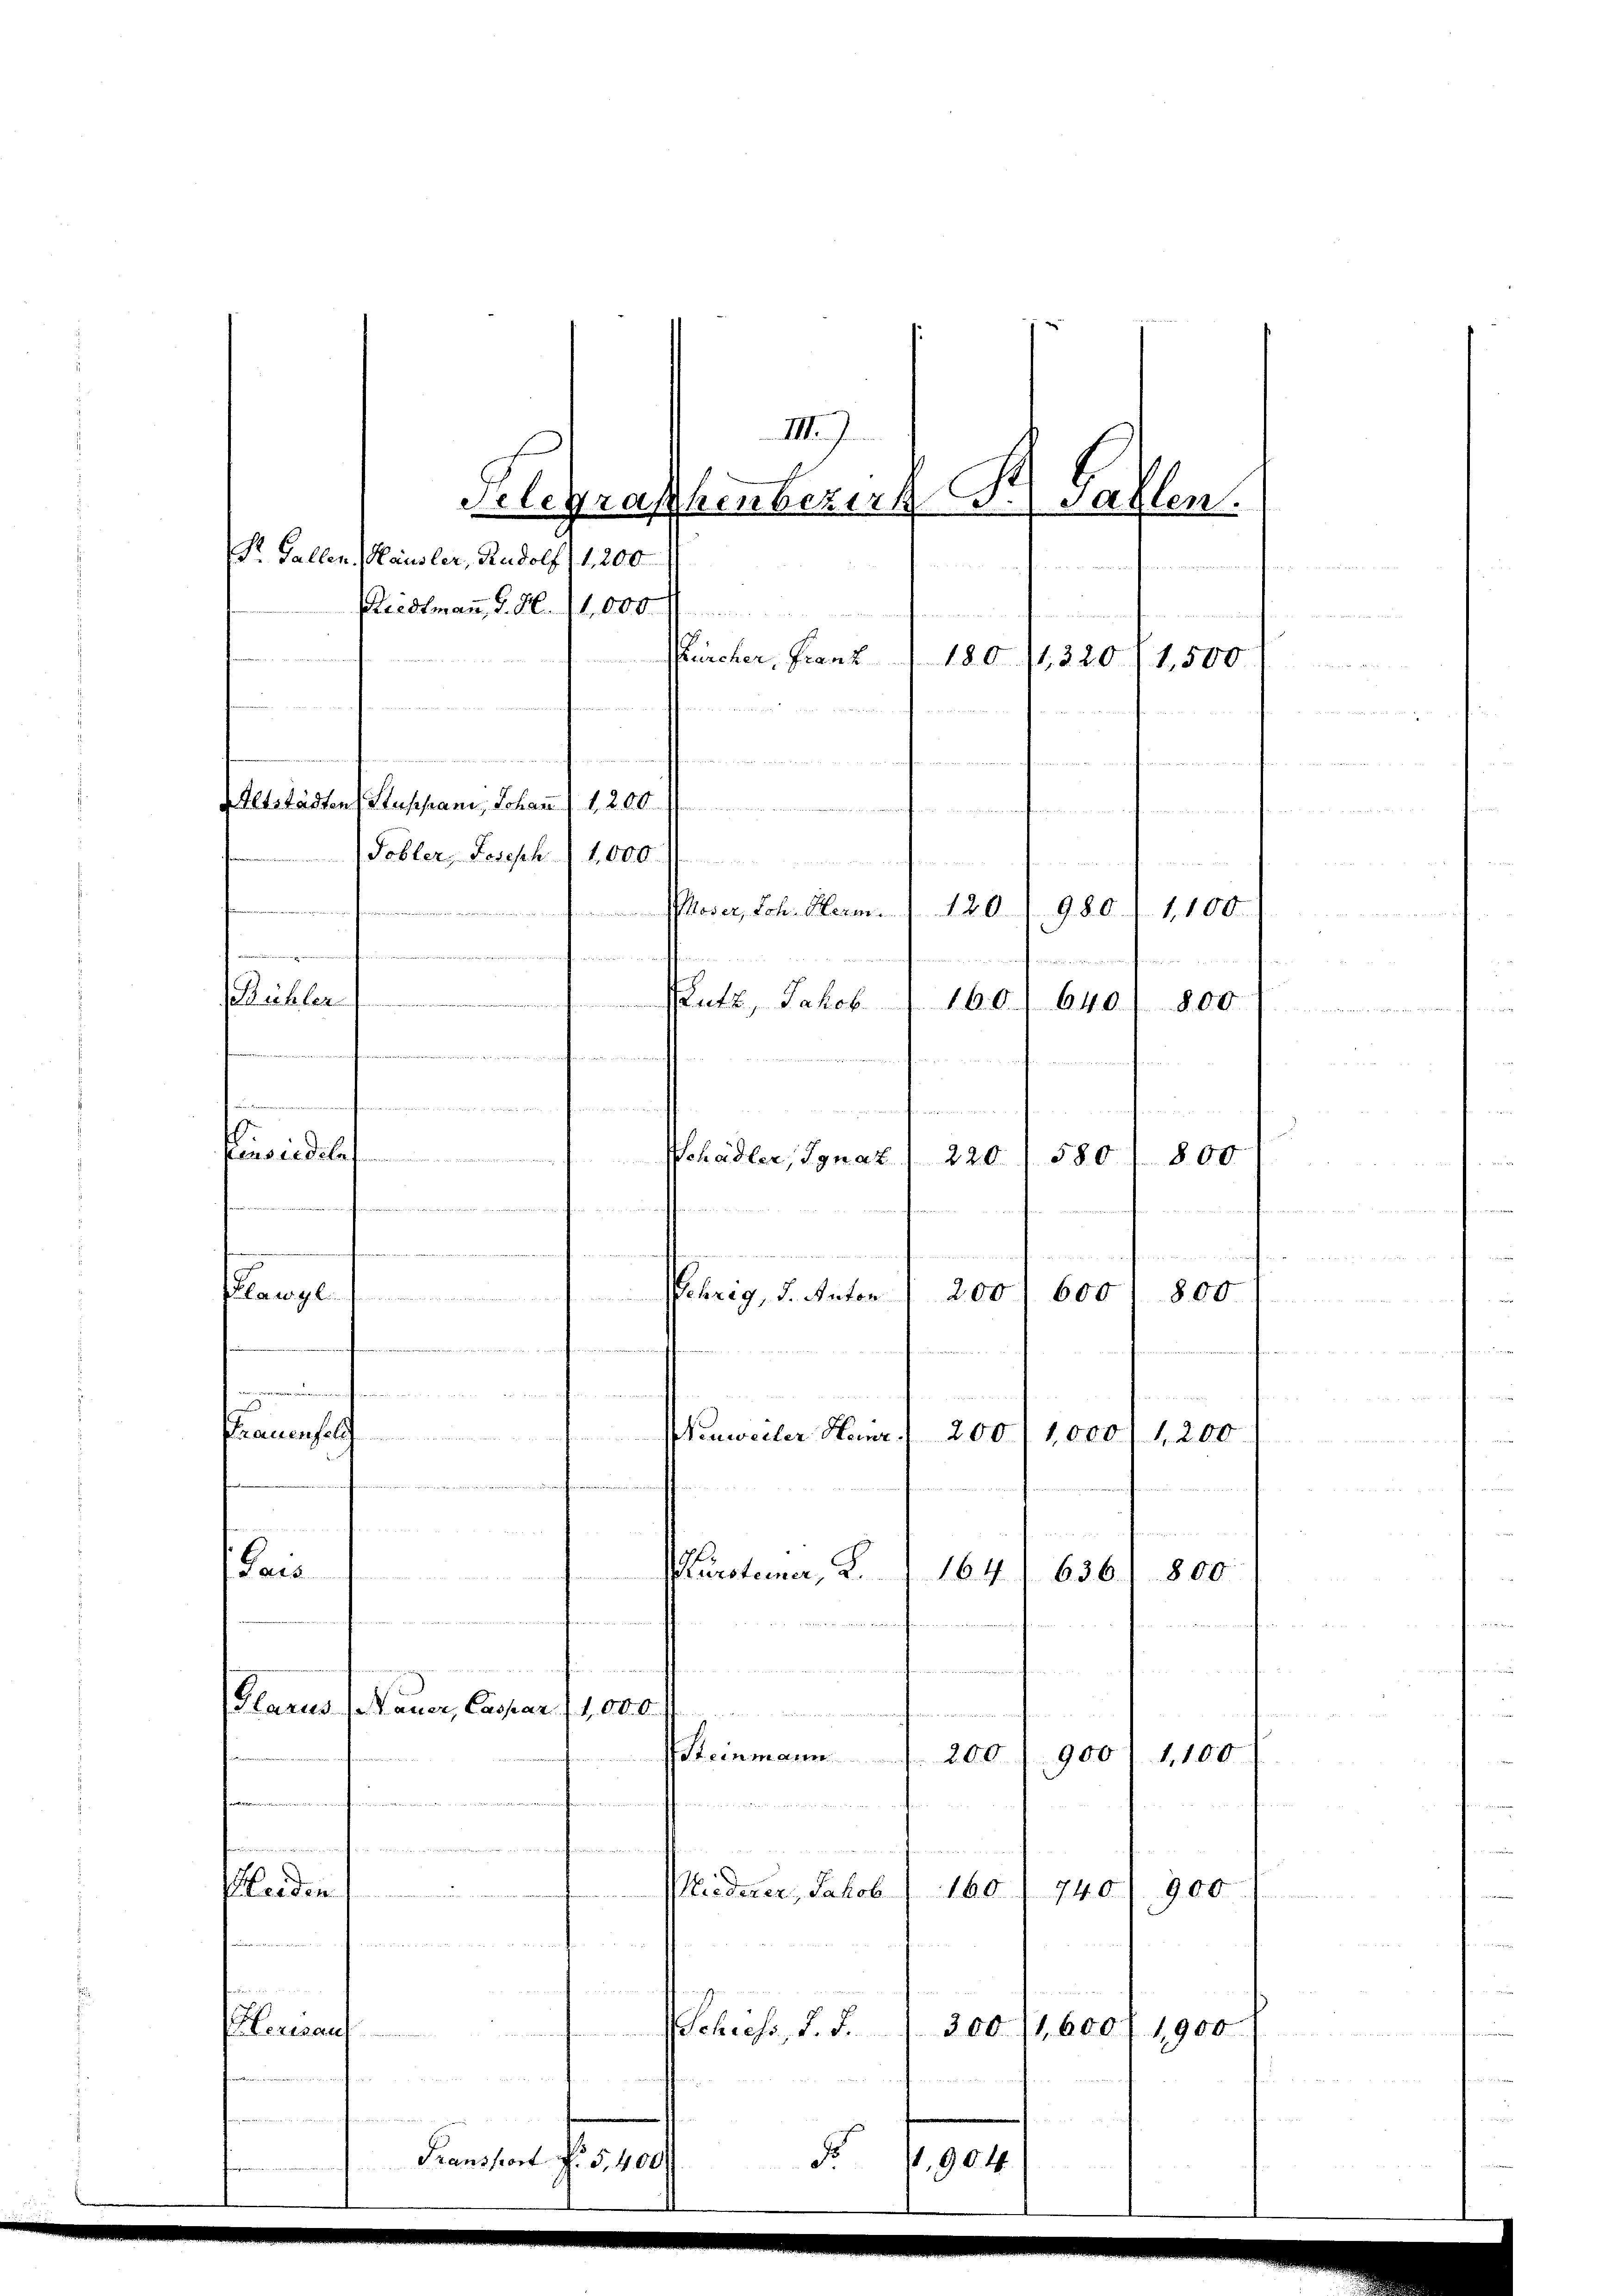
Riedtmann, S. Nr. 11,000

.
ediehen und in manchen
Frauenfel
Paus
Glarus (Mauer, Caspar (1,000
Steinmann.
900) 1,100
200.
4
.
.
Heiden
900
Miederer, Jakob
 60.
e
740.

n
Veran
Schiess, d. d.
300/1,600/1900
Transport f. 5,400
B
1,904

e
e
Altstädten Stussprani, Johann . . . 280
Tobler, Joseph 1,000

¬
eren eine
 Ploser Joh. Herm 20.
980.) 1100.
.
femmen ein
e
Zutz, Jakob.
160. 640. 800.
7
erverworfen und
i     22
e
 ..  ..  .

o
Pensiedle
580
Schädler, Ignaz
220.
800.

III. J.
Fallen.
Gelegraphenbezirk F.
Pr. Gallen. Häusler, Rudolf / 1,200

museendigen der den sein den ihre gerung

Klangen Wehrig, d. Ander

Nenweiler Heinr. 1 200/1,000 f 1200
e
actione, 2.
164
n
fenen
e

.
200 600
800

Bürcher, Franz 180. /1320 (1,500
.

636.
800.